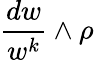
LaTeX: {\frac{dw}{w^{k}}}\wedge\rho